Indian journal of veterinary science and animal husbandry - Volume 10,
Year: 1940
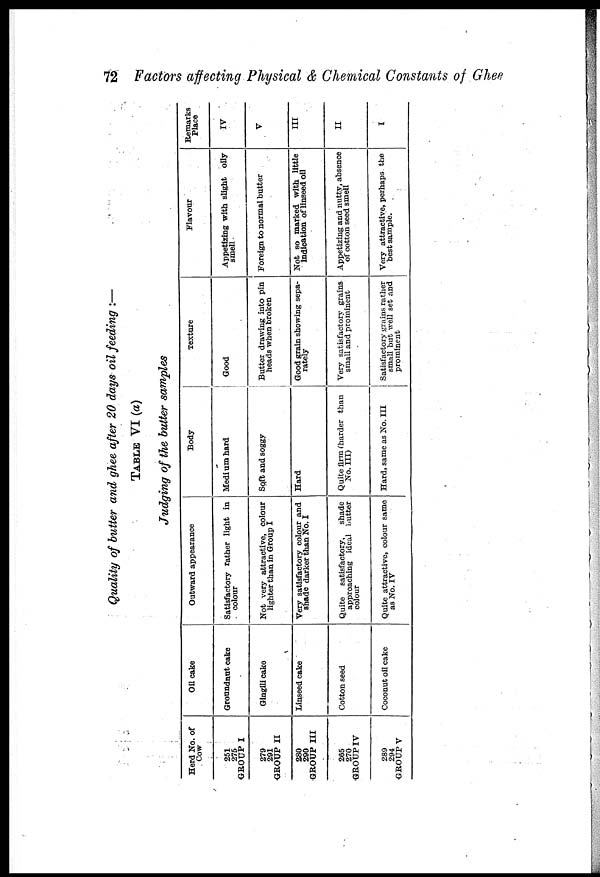
72 Factors affecting Physical & Chemical Constants of Ghee
Quality of butter and ghee after 20 days oil feeding :—
TABLE VI (a)
Judging of the butter samples
Herd No. of
Cow
251
275
GROUP I
279
291
GROUP II
280
290
GROUP III
265
270
GROUP IV
289
294
GROUP V
Oil cake
Groundnut cake
Gingili cake
Linseed cake
Cotton seed
Coconut oil cake
Outward appearance
Satisfactory rather light in
colour
Not very attractive, colour
lighter than in Group I
Very satisfactory colour and
shade darker than No. I
Quite satisfactory,
shade
approaching ideal butter
colour
Quite attractive, colour same
as No. IV
Body
Medium hard
Soft and soggy
Hard
Quite firm (harder than
No. III)
Hard, same as No. III
Texture
Good
Butter drawing into pin
heads when broken
Good grain showing sepa-
rately
Very satisfactory grains
small and prominent
Satisfactory grains rather
small but well set and
prominent
Flavour
Appetizing with slight oily
smell
Foreign to normal butter
Not so marked with little
indication of linseed oil
Appetizing and nutty, absence
of cotton seed smell
Very attractive, perhaps the
best sample.
Remarks
Place
IV
V
III
II
I